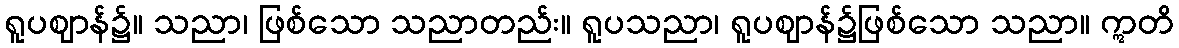
ရူပဈာန်၌။ သညာ၊ ဖြစ်သော သညာတည်း။ ရူပသညာ၊ ရူပဈာန်၌ဖြစ်သော သညာ။ ဣတိ